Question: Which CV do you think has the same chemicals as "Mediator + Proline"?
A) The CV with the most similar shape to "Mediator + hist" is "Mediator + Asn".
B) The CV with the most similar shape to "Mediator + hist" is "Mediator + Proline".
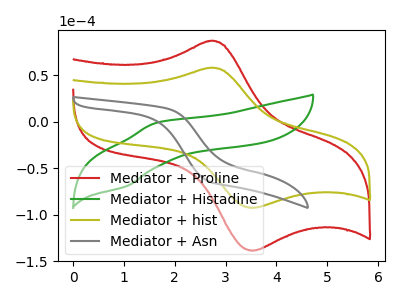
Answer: <think>The red curve "Mediator + Proline" has an anodic peak at (2.70V, 87.15uA) and a cathodic peak at (3.50V, -138.90uA). The green curve "Mediator + Histadine" has an anodic peak at (1.65V, -0.90uA) and a cathodic peak at (1.05V, -69.40uA). The olive curve "Mediator + hist" has an anodic peak at (2.70V, 58.20uA) and a cathodic peak at (3.50V, -92.75uA). The gray curve "Mediator + Asn" has no peaks.
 "Mediator + Proline" and "Mediator + Histadine" have at least one peak that do not match. All the peaks in "Mediator + Proline" have a peak in "Mediator + hist" at the same potential. Every peak in "Mediator + Proline" is higher than every peak in "Mediator + hist". "Mediator + Proline" and "Mediator + Asn" have a different number of peaks. "Mediator + Histadine" and "Mediator + hist" have at least one peak that do not match. "Mediator + Histadine" and "Mediator + Asn" have a different number of peaks. "Mediator + hist" and "Mediator + Asn" have a different number of peaks.</think>
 <answer>B) The CV with the most similar shape to "Mediator + hist" is "Mediator + Proline".</answer>
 <eval>B</eval>